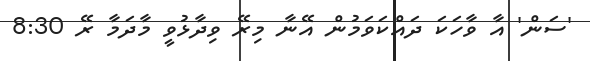
'ސަން' އާ ވާހަކަ ދައްކަވަމުން އޭނާ މިރޭ ވިދާޅުވީ މާދަމާ ރޭ 8:30